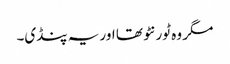
مگر وہ ٹورنٹو تھا اور یہ پنڈی۔